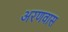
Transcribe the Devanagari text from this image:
अरणवास